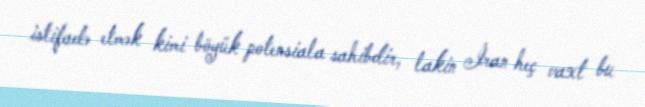
istifadə etmək kimi böyük potensiala sahibdir, lakin İran heç vaxt bu